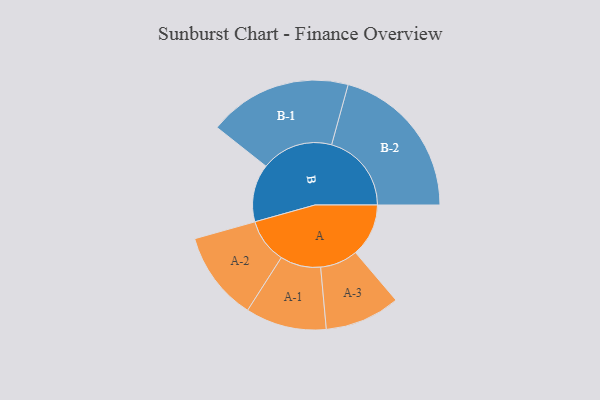
{"axis": {"x": "Segment", "y": "Value"}, "legend": ["", "A", "B"], "data": [{"x": "A", "y": 190, "type": ""}, {"x": "B", "y": 207, "type": ""}, {"x": "A-1", "y": 145, "type": "A"}, {"x": "A-2", "y": 160, "type": "A"}, {"x": "A-3", "y": 135, "type": "A"}, {"x": "B-1", "y": 257, "type": "B"}, {"x": "B-2", "y": 286, "type": "B"}]}